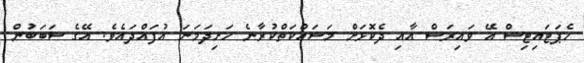
ހެޕަޓައިޓިސް އޭ ވައިރަސް އާއި ދެކޮޅަށް މަސައްކަތްކުރާނެ ހަށިދަމަނަ އުފައްދައެވެ. އޭގެ ސަބަބުން